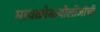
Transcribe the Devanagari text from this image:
मायक्रोबायोलॉजीची